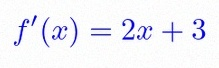
f'(x)=2x+3